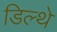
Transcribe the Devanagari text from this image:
डिल्थे